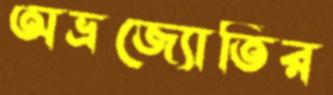
অভ্রজ্যোতির